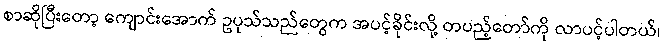
စာဆိုပြီးတော့ ကျောင်းအောက် ဥပုသ်သည်တွေက အပင့်ခိုင်းလို့ တပည့်တော်ကို လာပင့်ပါတယ်၊